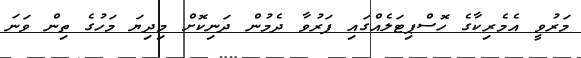
މަރުވީ އެމެރިކާގެ ހޮސްޕިޓަލެއްގައި ފަރުވާ ދެމުން ދަނިކޮށް މިދިޔަ މަހުގެ ތިން ވަނަ